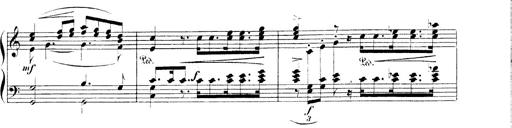
Title: 3 Chansons
Composer: Franz Liszt